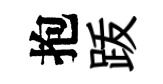
抱䟦